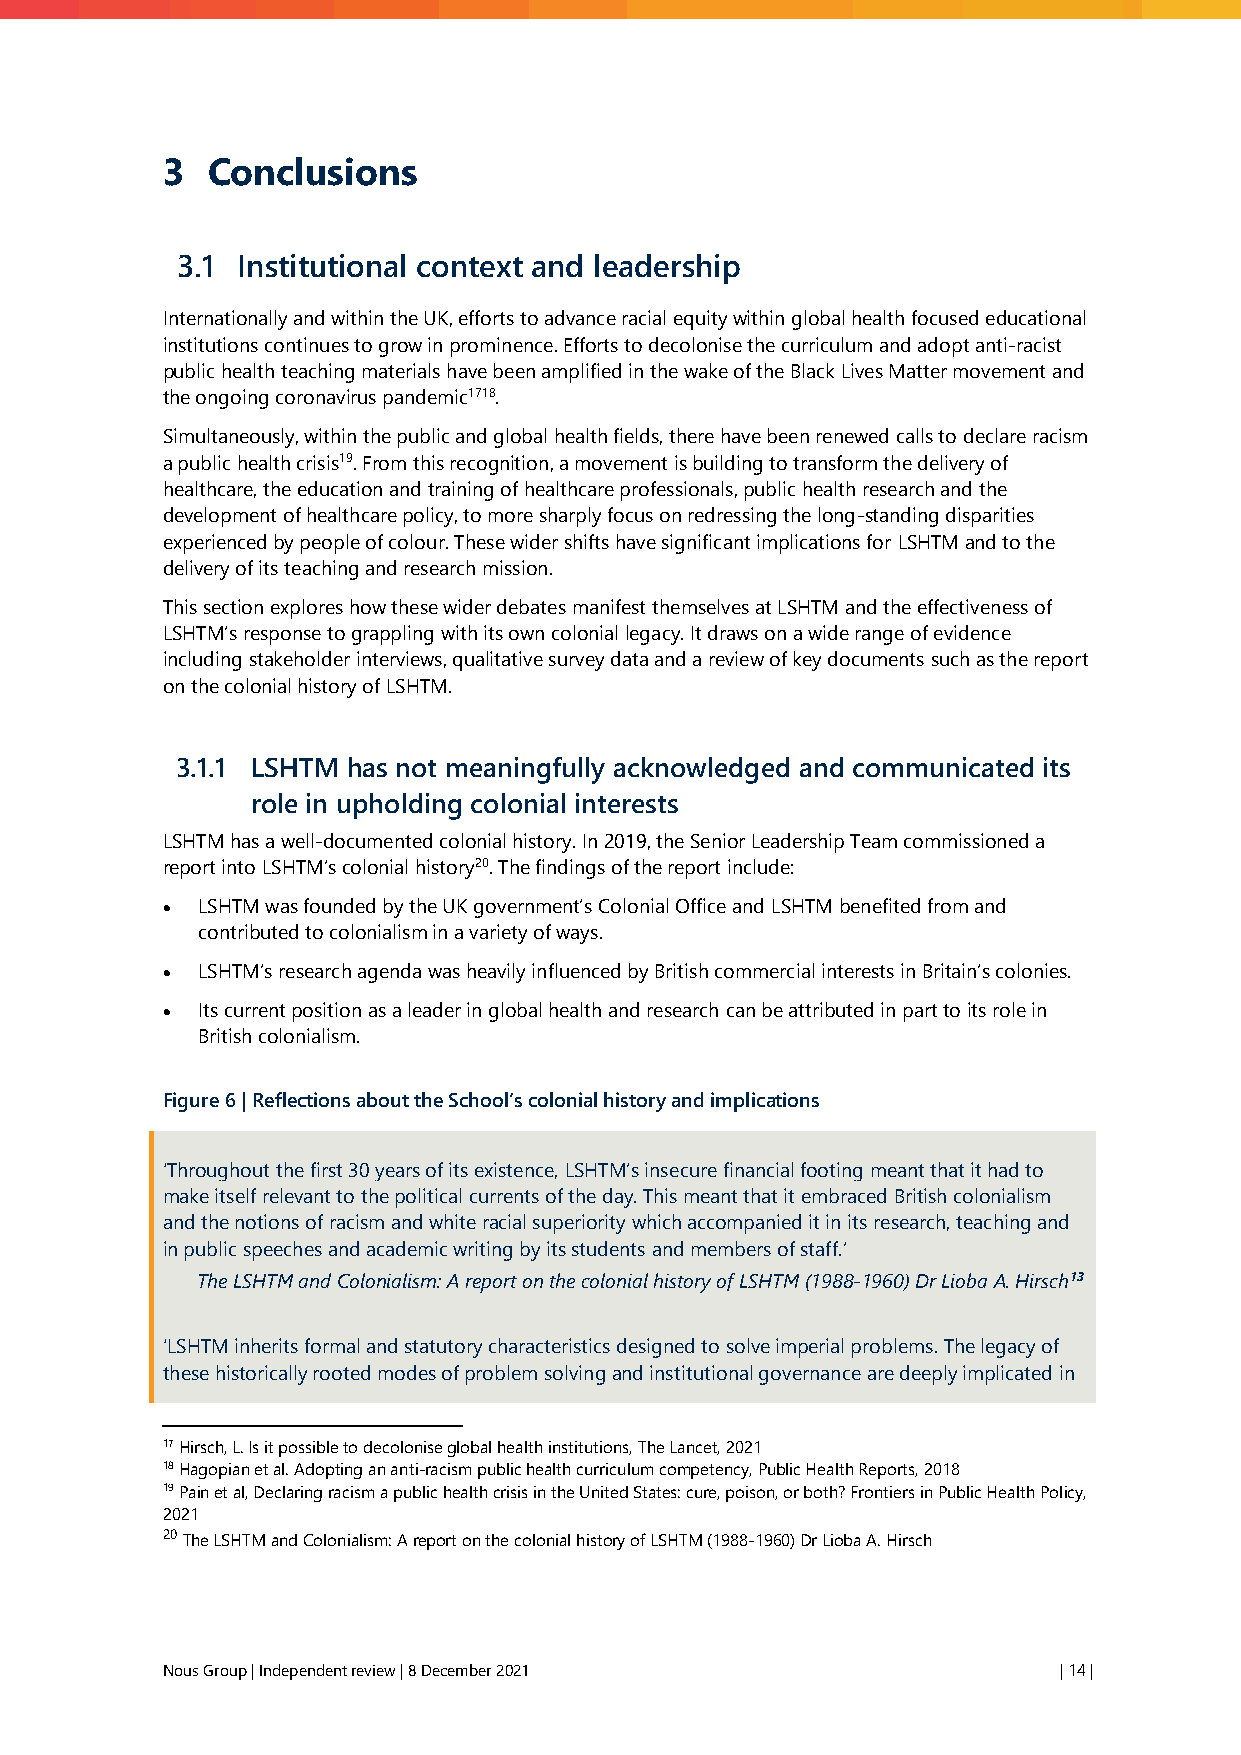
3  Conclusions
 3.1 Institutional context and leadership
 Internationally and within the UK, efforts to advance racial equity within global health focused educational
 institutions continues to grow in prominence. Efforts to decolonise the curriculum and adopt anti-racist
 public health teaching materials have been amplified in the wake of the Black Lives Matter movement and
 the ongoing coronavirus pandemic1718.
 Simultaneously, within the public and global health fields, there have been renewed calls to declare racism
 a public health crisis19. From this recognition, a movement is building to transform the delivery of
 healthcare, the education and training of healthcare professionals, public health research and the
 development of healthcare policy, to more sharply focus on redressing the long-standing disparities
 experienced by people of colour. These wider shifts have significant implications for LSHTM and to the
 delivery of its teaching and research mission.
 This section explores how these wider debates manifest themselves at LSHTM and the effectiveness of
 LSHTM’s response to grappling with its own colonial legacy. It draws on a wide range of evidence
 including stakeholder interviews, qualitative survey data and a review of key documents such as the report
 on the colonial history of LSHTM.
 3.1.1 LSHTM has not meaningfully acknowledged and communicated its
 role in upholding colonial interests
 LSHTM has a well-documented colonial history. In 2019, the Senior Leadership Team commissioned a
 report into LSHTM’s colonial history20. The findings of the report include:
 • LSHTM was founded by the UK government’s Colonial Office and LSHTM benefited from and
 contributed to colonialism in a variety of ways.
 • LSHTM’s research agenda was heavily influenced by British commercial interests in Britain’s colonies.
 • Its current position as a leader in global health and research can be attributed in part to its role in
 British colonialism.
 Figure 6 | Reflections about the School’s colonial history and implications
 ‘Throughout the first 30 years of its existence, LSHTM’s insecure financial footing meant that it had to
 make itself relevant to the political currents of the day. This meant that it embraced British colonialism
 and the notions of racism and white racial superiority which accompanied it in its research, teaching and
 in public speeches and academic writing by its students and members of staff.’
 The LSHTM and Colonialism: A report on the colonial history of LSHTM (1988-1960) Dr Lioba A. Hirsch13
 ‘LSHTM inherits formal and statutory characteristics designed to solve imperial problems. The legacy of
 these historically rooted modes of problem solving and institutional governance are deeply implicated in
 17 Hirsch, L. Is it possible to decolonise global health institutions, The Lancet, 2021
 18 Hagopian et al. Adopting an anti-racism public health curriculum competency, Public Health Reports, 2018
 19 Pain et al, Declaring racism a public health crisis in the United States: cure, poison, or both? Frontiers in Public Health Policy,
 2021
 20 The LSHTM and Colonialism: A report on the colonial history of LSHTM (1988-1960) Dr Lioba A. Hirsch
 Nous Group | Independent review | 8 December 2021          | 14 |